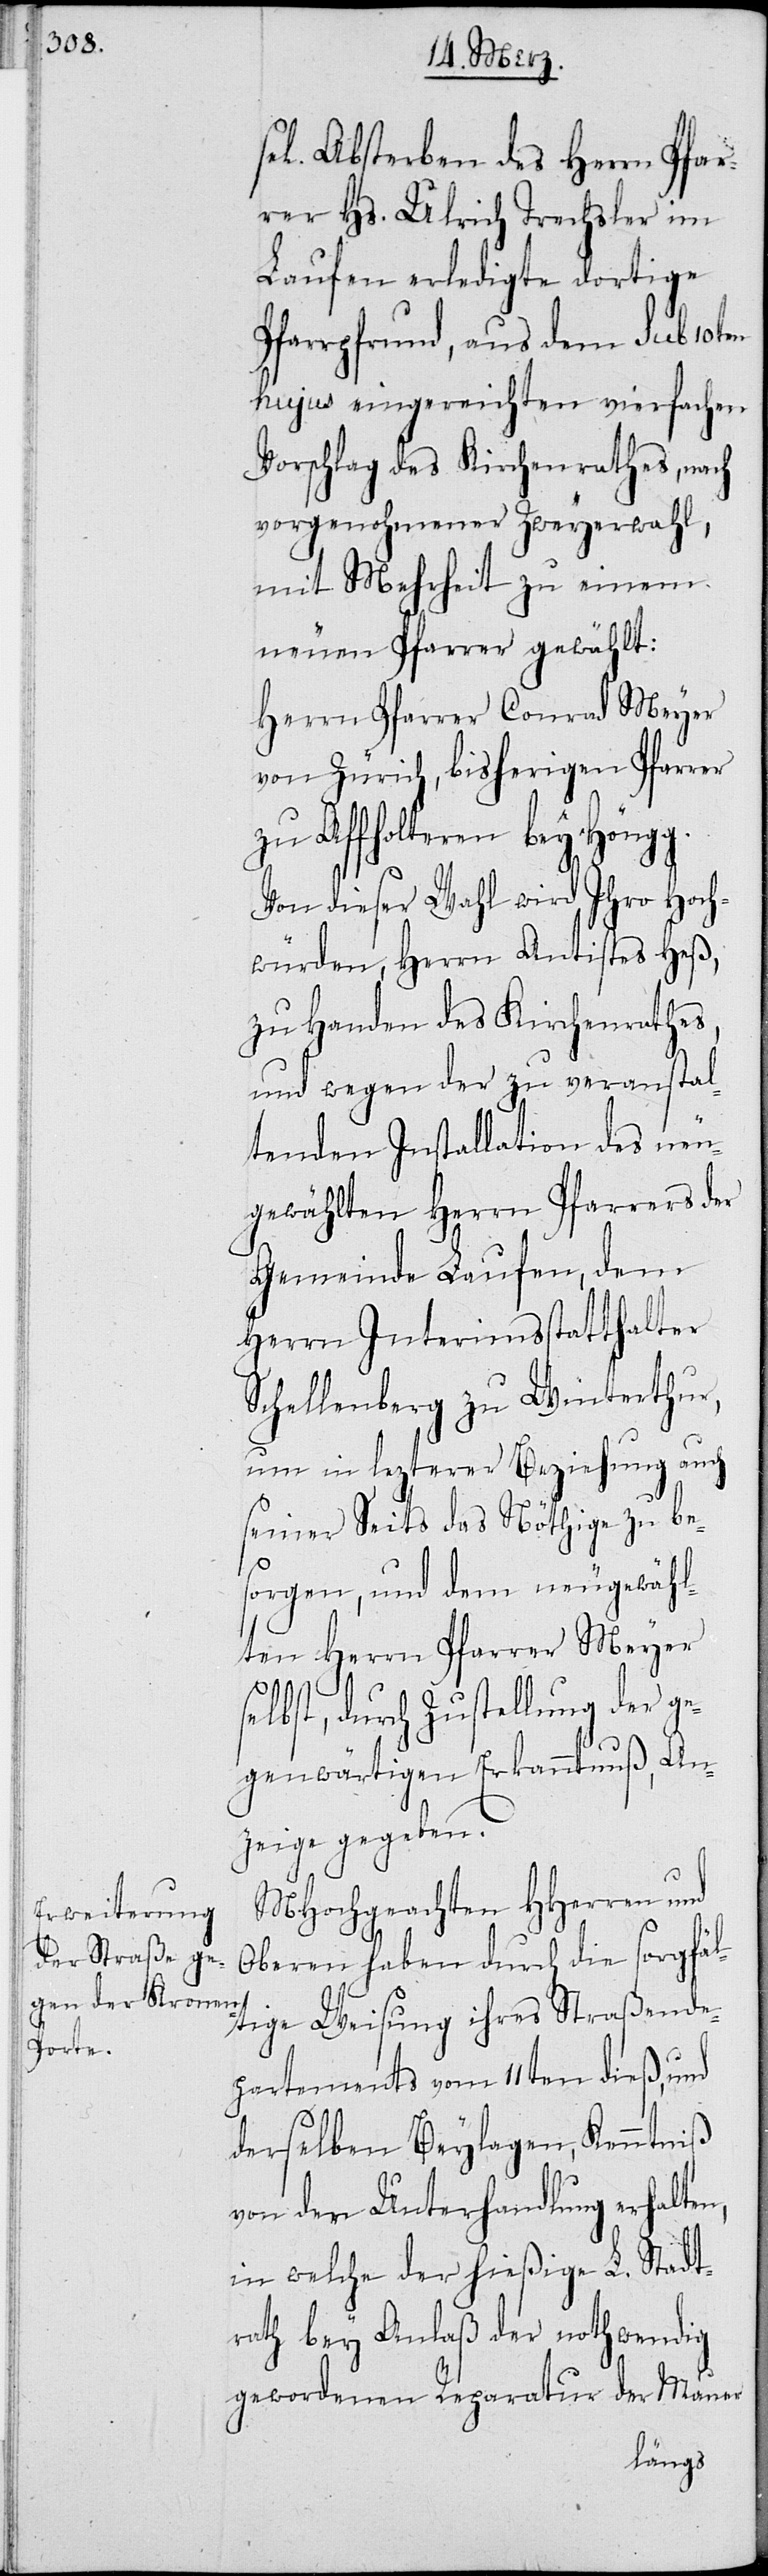
sel. Absterben des Herrn Pfar¬
rer Hs. Ulrich Trechsler im
[sic!] erledigte dortige
Pfarrpfrund, aus dem sub 10ten
hujus eingereichten vierfachen
Vorschlag des Kirchenrathes, nach
vorgenohmener Zweyerwahl,
mit Mehrheit zu einem
neuen Pfarrer gewählt:
Herrn Pfarrer Conrad Meyer
von Zürich, bisherigen Pfarrer
zu Affolteren bey Höngg.
Von dieser Wahl wird Ihro Hoch¬
würden, Herrn Antistes Heß,
zu Handen des Kirchenrathes,
und wegen der zu veranstal¬
tenden Installation des neu¬
gewählten Herrn Pfarrers der
Gemeinde Laufen, dem
Herrn Interimsstatthalter
Schellenberg zu Winterthur,
um in lezterer Beziehung auch
seiner Seits das Nöthige zu be¬
sorgen, und dem neugewähl¬
ten Herrn Pfarrer Meyer s¬
elbst, durch Zustellung der ge¬
genwärtigen Erkanntnuß, An¬
zeige gegeben.
MHochgeachten HHerren und
Oberen haben durch die sorgfäl¬
tige Weisung ihres Straßende¬
partements vom 11ten dieß, und
derselben Beylagen, Kenntniß
von der Unterhandlung erhalten,
in welche der hießige L. Stadt¬
rath bey Anlaß der nothwendig
gewordenen Reparatur der Mauer